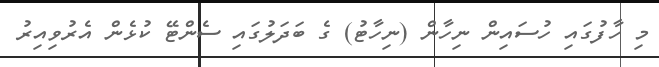
މި ހާފުގައި ހުސައިން ނިހާން (ނިހާޓު) ގެ ބަދަލުގައި ސެންޓޭ ކުޅެން އެރުވިއިރު